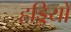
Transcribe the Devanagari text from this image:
हड्डियो